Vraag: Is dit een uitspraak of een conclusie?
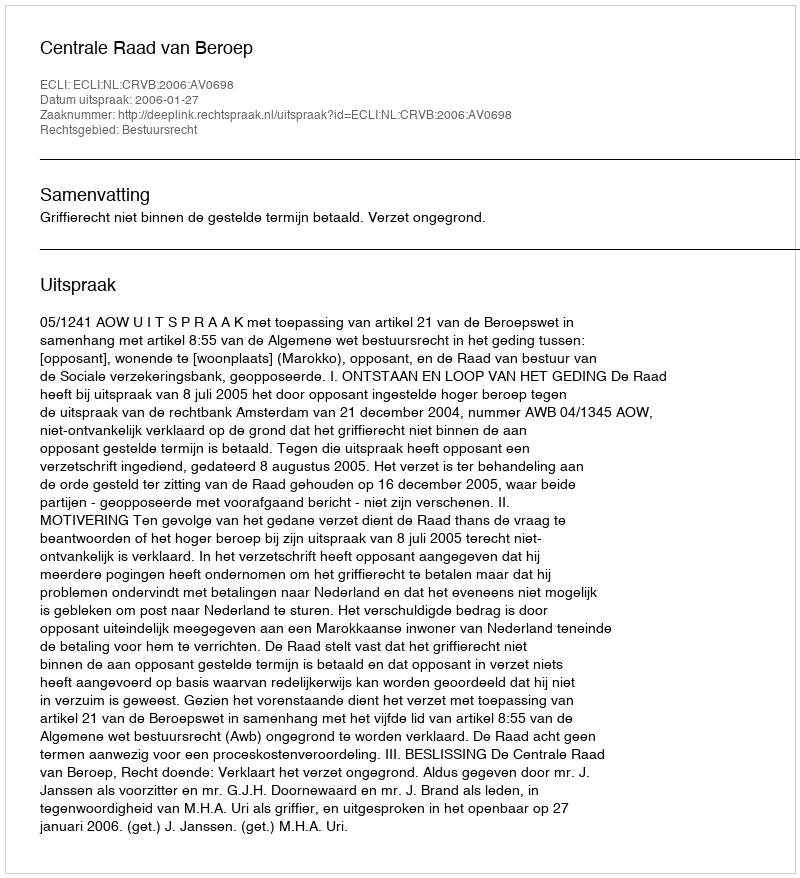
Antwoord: Uitspraak